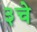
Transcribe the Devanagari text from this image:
३चे